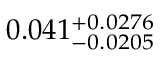
0 . 0 4 1 _ { - 0 . 0 2 0 5 } ^ { + 0 . 0 2 7 6 }